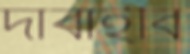
দাবাইবি